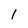
Character: 1